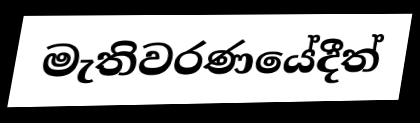
මැතිවරණයේදීත්